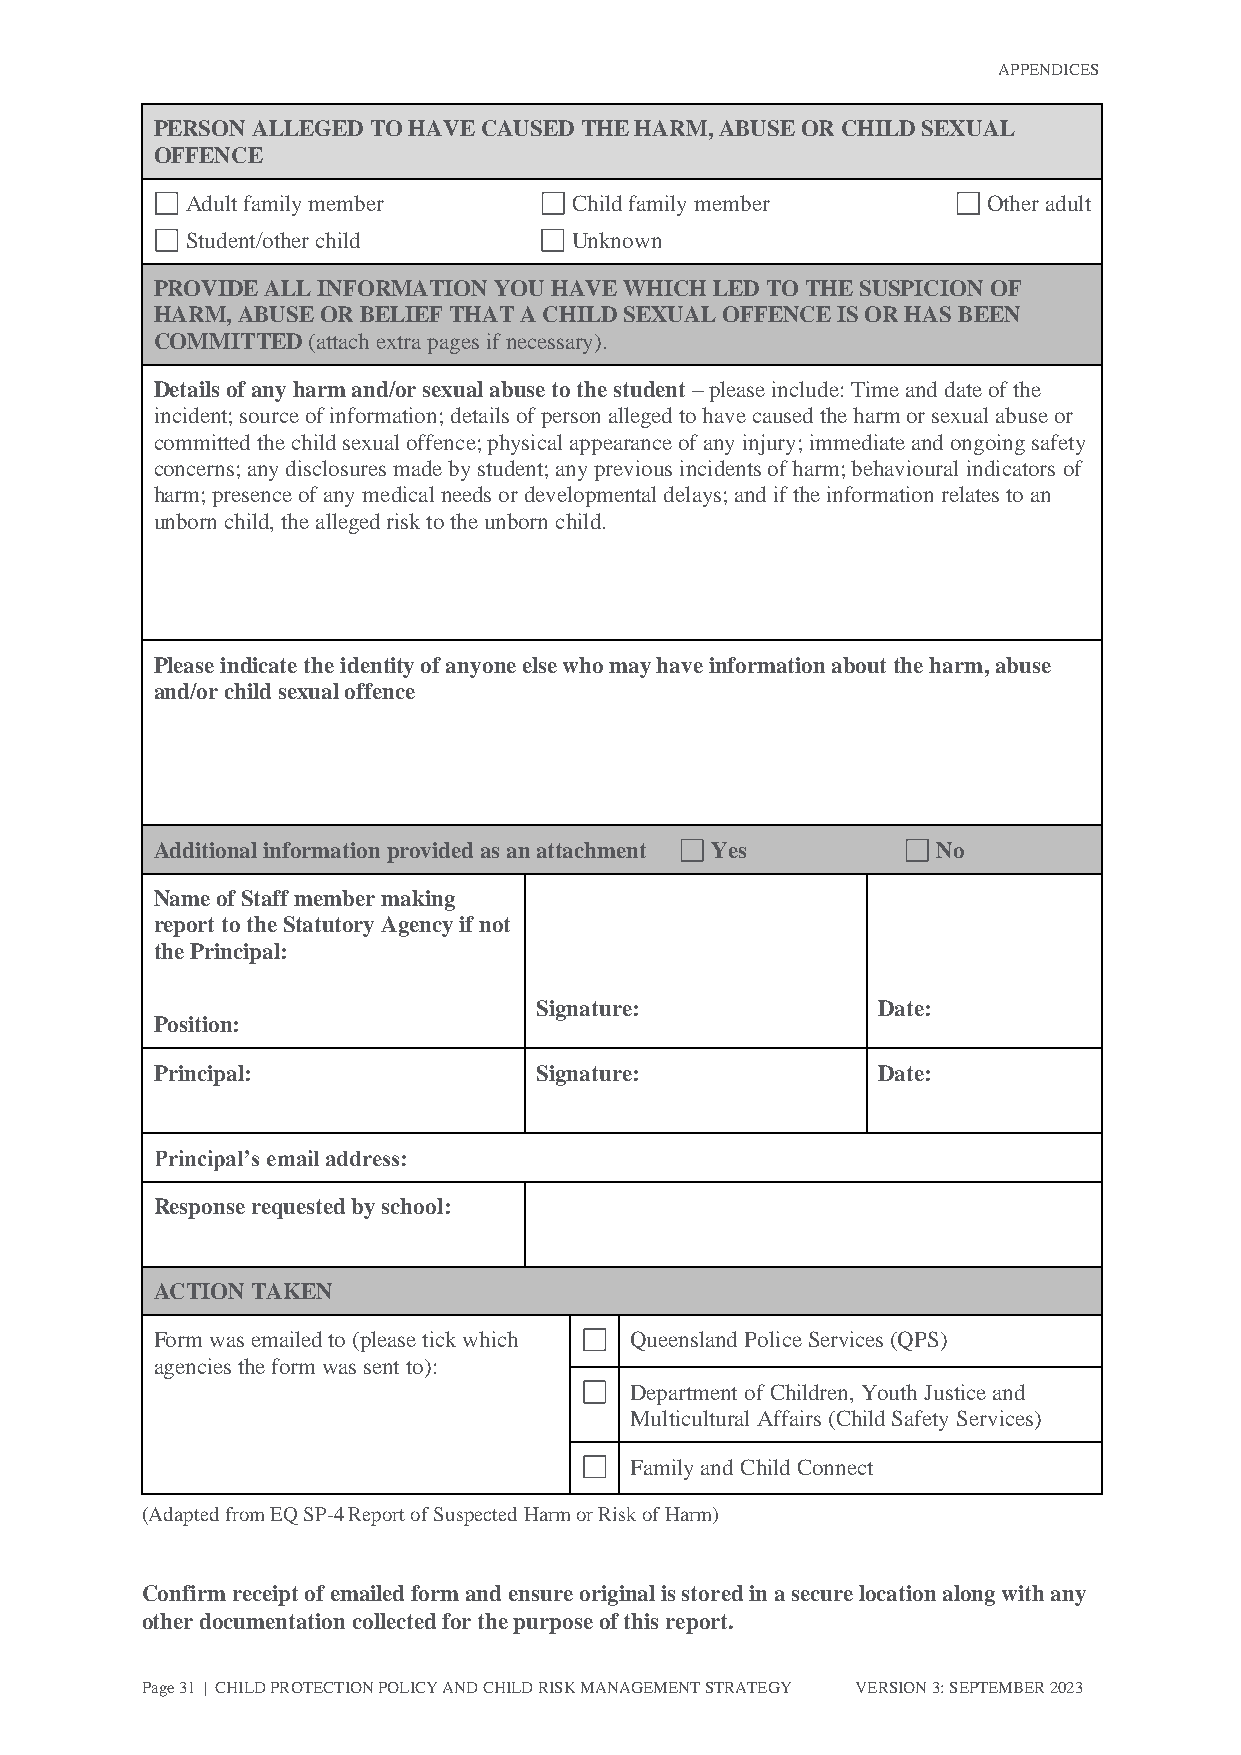
APPENDICES
 PERSON ALLEGED TO HAVE CAUSED THE HARM, ABUSE OR CHILD SEXUAL
 OFFENCE
 Adult family member       Child family member        Other adult
 Student/other child       Unknown
 PROVIDE ALL INFORMATION YOU HAVE WHICH LED TO THE SUSPICION OF
 HARM, ABUSE OR BELIEF THAT A CHILD SEXUAL OFFENCE IS OR HAS BEEN
 COMMITTED (attach extra pages if necessary).
 Details of any harm and/or sexual abuse to the student – please include: Time and date of the
 incident; source of information; details of person alleged to have caused the harm or sexual abuse or
 committed the child sexual offence; physical appearance of any injury; immediate and ongoing safety
 concerns; any disclosures made by student; any previous incidents of harm; behavioural indicators of
 harm; presence of any medical needs or developmental delays; and if the information relates to an
 unborn child, the alleged risk to the unborn child.
 Please indicate the identity of anyone else who may have information about the harm, abuse
 and/or child sexual offence
 Additional information provided as an attachment Yes No
 Name of Staff member making
 report to the Statutory Agency if not
 the Principal:
 Signature:             Date:
 Position:
 Principal:               Signature:             Date:
 Principal’s email address:
 Response requested by school:
 ACTION TAKEN
 Form was emailed to (please tick which Queensland Police Services (QPS)
 agencies the form was sent to):
 Department of Children, Youth Justice and
 Multicultural Affairs (Child Safety Services)
 Family and Child Connect
 (Adapted from EQ SP-4 Report of Suspected Harm or Risk of Harm)
 Confirm receipt of emailed form and ensure original is stored in a secure location along with any
 other documentation collected for the purpose of this report.
 Page 31 | CHILD PROTECTION POLICY AND CHILD RISK MANAGEMENT STRATEGY VERSION 3: SEPTEMBER 2023